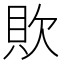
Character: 𰶷